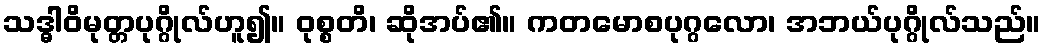
သဒ္ဓါဝိမုတ္တပုဂ္ဂိုလ်ဟူ၍။ ဝုစ္စတိ၊ ဆိုအပ်၏။ ကတမောစပုဂ္ဂလော၊ အဘယ်ပုဂ္ဂိုလ်သည်။